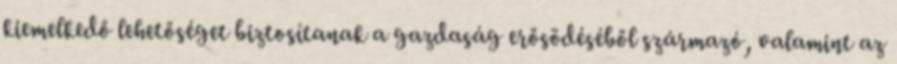
kiemelkedő lehetőséget biztosítanak a gazdaság erősödéséből származó, valamint az